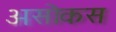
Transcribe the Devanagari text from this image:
असोकस